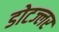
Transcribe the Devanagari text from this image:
डोटज्लर